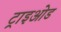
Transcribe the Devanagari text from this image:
ट्राइओड